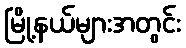
မြို့နယ်များအတွင်း